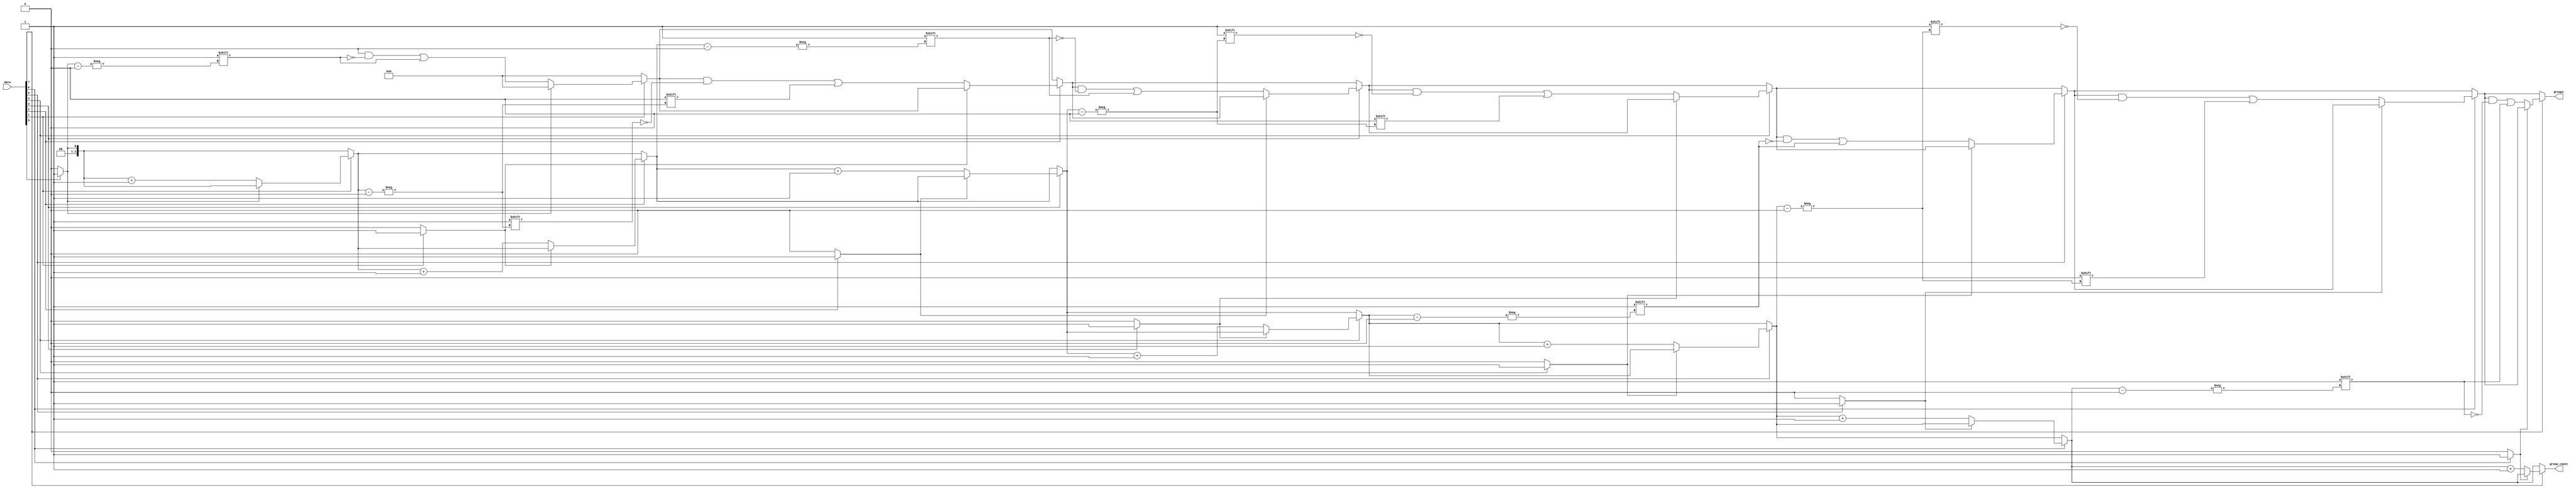
module GroupingOfOnes #(parameter N = 8, M = 8) (
    input  [N-1:0] data,
    output reg [M-1:0] groups,
    output reg [$clog2(M)-1:0] group_count
);

    integer i;
    reg in_group;

    always @(*) begin
        // Initialize outputs
        groups = 0;
        group_count = 0;
        in_group = 0;

        // Iterate through the input data
        for (i = 0; i < N; i = i + 1) begin
            if (data[i] == 1'b1) begin
                // Check if we are starting a new group
                if (!in_group) begin
                    // Mark the start of a new group
                    groups[group_count] = i; // Store the starting index
                    in_group = 1; // We are now in a group
                    group_count = group_count + 1; // Increment group count
                end
            end else begin
                // If we hit a '0', we exit the group
                in_group = 0;
            end
        end
    end

endmodule